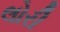
લોરી